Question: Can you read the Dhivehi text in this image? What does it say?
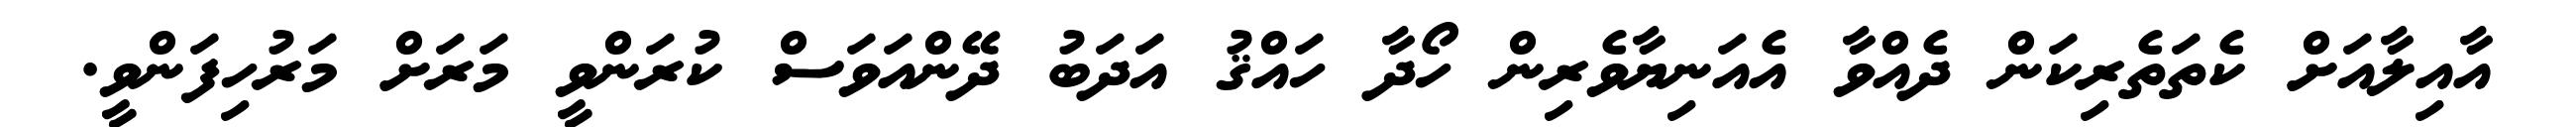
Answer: އާއިލާއަށް ކެތަތެރިކަން ދެއްވާ އެއަނިޔާވެރިން ހޯދާ ހައްޤު އަދަބު ދޭންއަވަސް ކުރަންވީ މަރަށް މަރުހިފަންވީ.